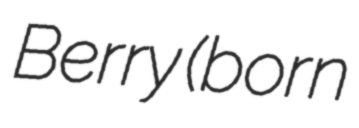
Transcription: Berry (born